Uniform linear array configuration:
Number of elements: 8
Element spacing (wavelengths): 0.25
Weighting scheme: cosine
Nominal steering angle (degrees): -60
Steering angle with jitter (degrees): -60.67
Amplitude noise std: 0.05
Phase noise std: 0.05

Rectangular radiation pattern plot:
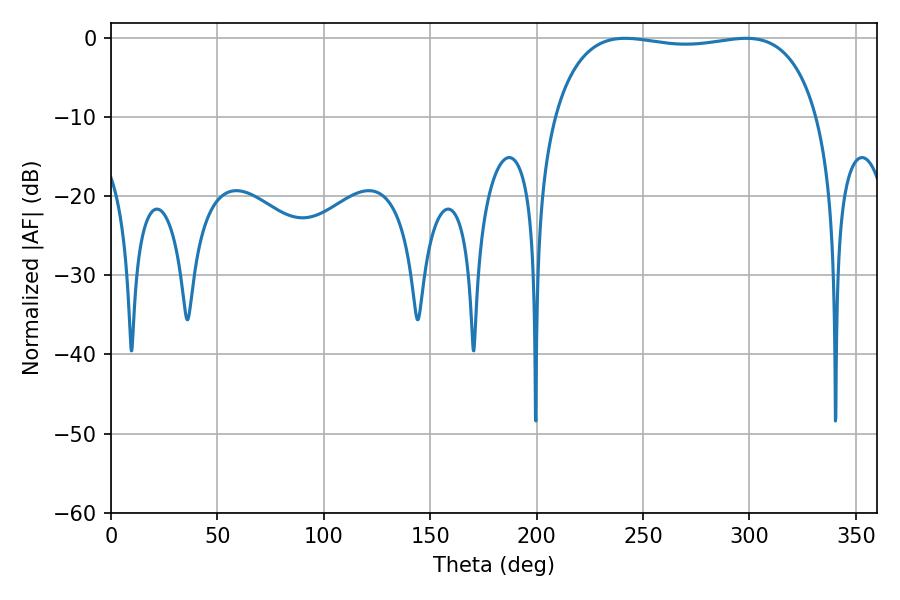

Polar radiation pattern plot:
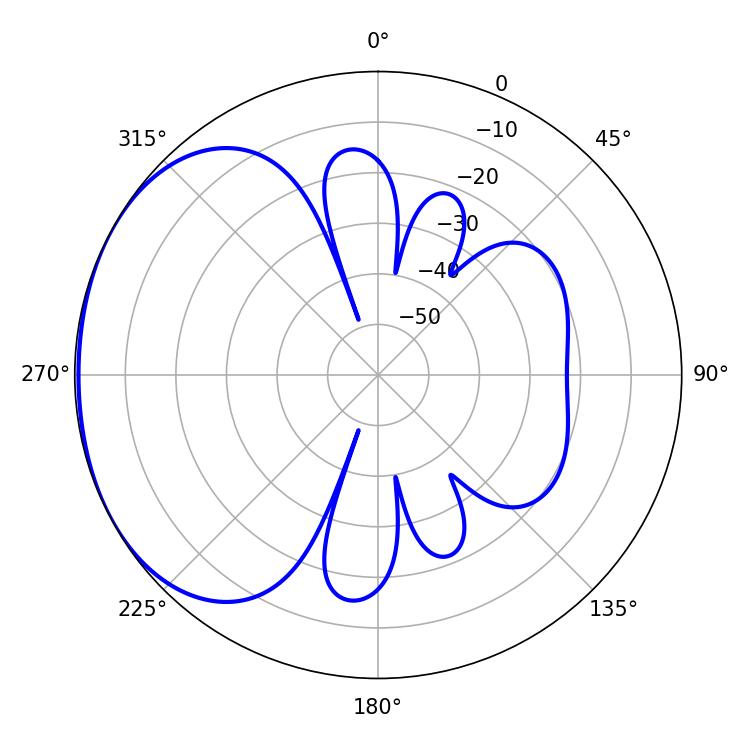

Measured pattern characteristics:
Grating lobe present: FALSE
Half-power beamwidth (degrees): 99.72
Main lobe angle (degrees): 298.44